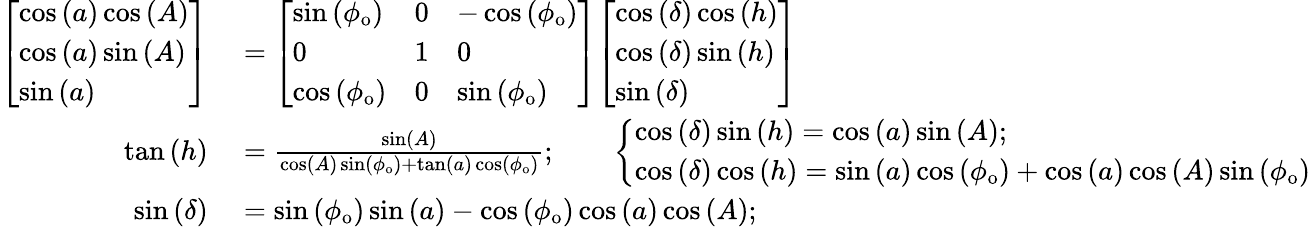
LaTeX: \begin{array}{rl}{{\left[\begin{array}{l}{\cos\left(a\right)\cos\left(A\right)}\\ {\cos\left(a\right)\sin\left(A\right)}\\ {\sin\left(a\right)}\end{array}\right]}}&{{}={\left[\begin{array}{lll}{\sin\left(\phi_{\mathrm{o}}\right)}&{0}&{-\cos\left(\phi_{\mathrm{o}}\right)}\\ {0}&{1}&{0}\\ {\cos\left(\phi_{\mathrm{o}}\right)}&{0}&{\sin\left(\phi_{\mathrm{o}}\right)}\end{array}\right]}{\left[\begin{array}{l}{\cos\left(\delta\right)\cos\left(h\right)}\\ {\cos\left(\delta\right)\sin\left(h\right)}\\ {\sin\left(\delta\right)}\end{array}\right]}}\\ {\tan\left(h\right)}&{{}={\frac{\sin\left(A\right)}{\cos\left(A\right)\sin\left(\phi_{\mathrm{o}}\right)+\tan\left(a\right)\cos\left(\phi_{\mathrm{o}}\right)}};\qquad{\left\{ \begin{array}{ll}{\cos\left(\delta\right)\sin\left(h\right)=\cos\left(a\right)\sin\left(A\right);}\\ {\cos\left(\delta\right)\cos\left(h\right)=\sin\left(a\right)\cos\left(\phi_{\mathrm{o}}\right)+\cos\left(a\right)\cos\left(A\right)\sin\left(\phi_{\mathrm{o}}\right)}\end{array}\right.}}\\ {\sin\left(\delta\right)}&{{}=\sin\left(\phi_{\mathrm{o}}\right)\sin\left(a\right)-\cos\left(\phi_{\mathrm{o}}\right)\cos\left(a\right)\cos\left(A\right);}\end{array}